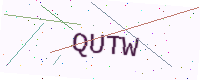
Text: QUTW